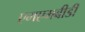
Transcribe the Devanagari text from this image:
एमएमबीडी